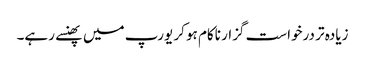
زیادہ تر درخواست گزار ناکام ہو کر یورپ میں پھنسے رہے۔